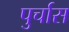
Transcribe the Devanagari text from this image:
पुर्चास